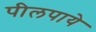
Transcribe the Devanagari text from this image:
पीलपाये